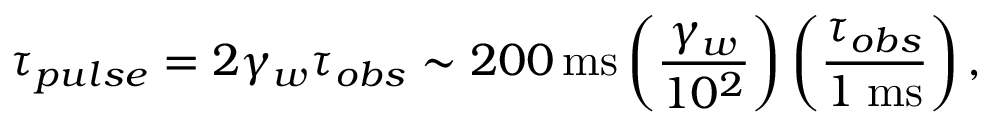
\tau _ { p u l s e } = 2 \gamma _ { w } \tau _ { o b s } \sim 2 0 0 \, \mathrm { m s } \left( \frac { \gamma _ { w } } { 1 0 ^ { 2 } } \right) \left( \frac { \tau _ { o b s } } { 1 \mathrm { \; m s } } \right) ,